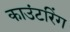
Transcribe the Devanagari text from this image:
काउंटरिंग